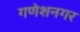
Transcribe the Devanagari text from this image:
गणेशनगर